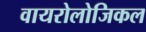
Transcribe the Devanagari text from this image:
वायरोलोजिकल